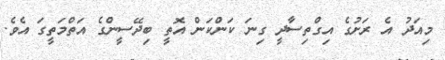
މިއަދު އެ ރަށުގެ އިގްތިސާދީ ގިނަ ކަންކަން އޮތީ ބިދޭސީންގެ އަތްމަތީގަ އެވެ.